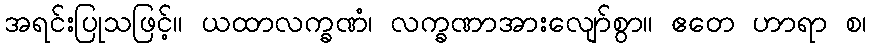
အရင်းပြုသဖြင့်။ ယထာလက္ခဏံ၊ လက္ခဏာအားလျော်စွာ။ ဧတေ ဟာရာ စ၊